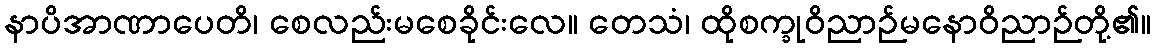
နာပိအာဏာပေတိ၊ စေလည်းမစေခိုင်းလေ။ တေသံ၊ ထိုစက္ခုဝိညာဉ်မနောဝိညာဉ်တို့၏။